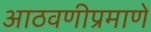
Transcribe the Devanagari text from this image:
आठवणीप्रमाणे